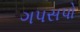
ગપસપો